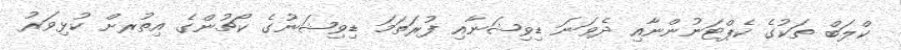
ކްލަބް ތަކުގެ ކެޕްޓަނުންނާއި ދެވަނަ ޑިވިޝަނާއި ފުރަތަމަ ޑިވިޝަނުގެ ކޯޗުންގެ އިތުރށް ކުޅިވަރު